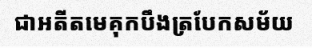
ជាអតីតមេគុកបឹងត្របែកសម័យ